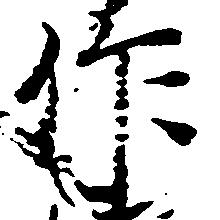
作